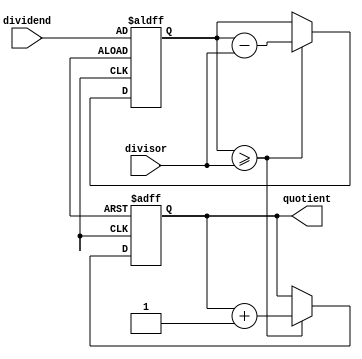
module counter_based_divider (
    input [7:0] dividend,
    input [7:0] divisor,
    output reg [7:0] quotient
);

reg [7:0] remainder;
reg [7:0] counter;

always @ (posedge clk or posedge reset) begin
    if (reset) begin
        quotient <= 8'd0;
        remainder <= dividend;
        counter <= 8'd0;
    end else begin
        if (remainder >= divisor) begin
            remainder <= remainder - divisor;
            quotient <= quotient + 8'd1;
        end
        counter <= counter + 8'd1;
    end
end

endmodule